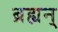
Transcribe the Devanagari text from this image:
ब्रह्यन्‌